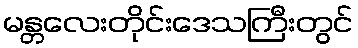
မန္တလေးတိုင်းဒေသကြီးတွင်